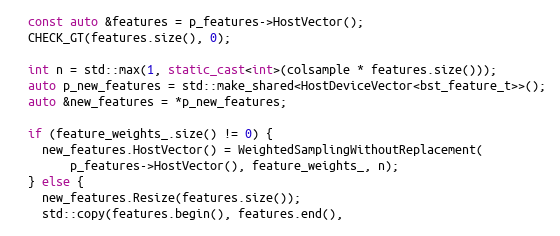
Language: C++
  const auto &features = p_features->HostVector();
  CHECK_GT(features.size(), 0);

  int n = std::max(1, static_cast<int>(colsample * features.size()));
  auto p_new_features = std::make_shared<HostDeviceVector<bst_feature_t>>();
  auto &new_features = *p_new_features;

  if (feature_weights_.size() != 0) {
    new_features.HostVector() = WeightedSamplingWithoutReplacement(
        p_features->HostVector(), feature_weights_, n);
  } else {
    new_features.Resize(features.size());
    std::copy(features.begin(), features.end(),